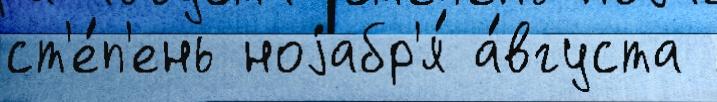
ст'е́п'ень ноjабр'я́ а́вгуста